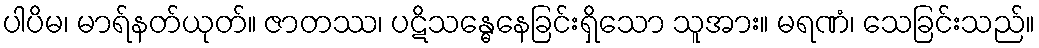
ပါပိမ၊ မာရ်နတ်ယုတ်။ ဇာတဿ၊ ပဋိသန္ဓေနေခြင်းရှိသော သူအား။ မရဏံ၊ သေခြင်းသည်။